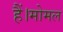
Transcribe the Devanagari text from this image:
हैं।मोमल